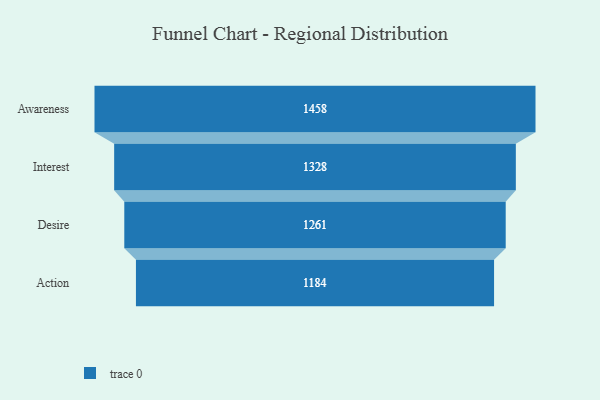
{"axis": {"x": "Stage", "y": "Value"}, "legend": [""], "data": [{"x": "Awareness", "y": 1458.0, "type": ""}, {"x": "Interest", "y": 1328.0, "type": ""}, {"x": "Desire", "y": 1261.0, "type": ""}, {"x": "Action", "y": 1184.0, "type": ""}]}